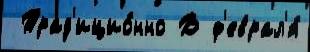
 Трад'ицио́нно В ф'еврал'я́